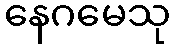
နေဂမေသု